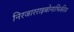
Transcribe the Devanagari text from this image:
निरजारराइबोनाभिकीय